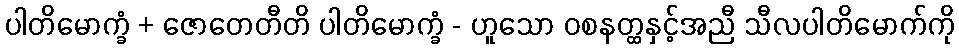
ပါတိမောက္ခံ + ဇောတေတီတိ ပါတိမောက္ခံ - ဟူသော ဝစနတ္ထနှင့်အညီ သီလပါတိမောက်ကို